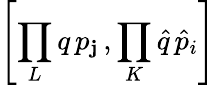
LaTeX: \left[\prod_{L}q\, p_{\mathbf{j}}\, ,\prod_{K}\hat{{q}}\, \hat{{p}}_{i}\right]